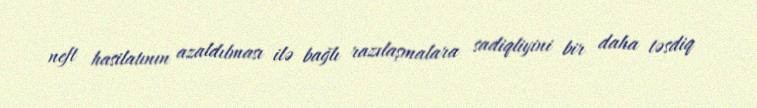
neft hasilatının azaldılması ilə bağlı razılaşmalara sadiqliyini bir daha təsdiq